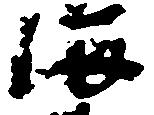
海